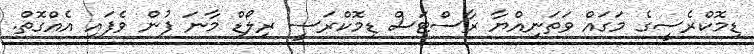
ޑިމޮކްރެސީގެ މަގައް ވަތަނިއްޔާ ރާސްޓަސް ޑިމޮކްރަސީ ރިލޯޑް މާނަ ފުން ވެފައި އެއްގޮތް.